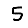
Digit: 5